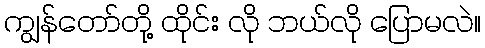
ကျွန်တော်တို့ ထိုင်း လို ဘယ်လို ပြောမလဲ။